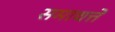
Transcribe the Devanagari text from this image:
समाधत्ते